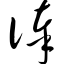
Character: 俸